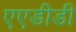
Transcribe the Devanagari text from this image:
एएडीडी